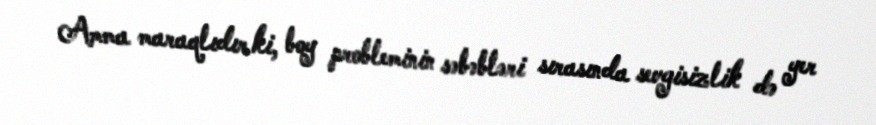
Amma maraqlıdır ki, boy probleminin səbəbləri sırasında sevgisizlik də yer